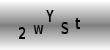
Text: 2WYSt